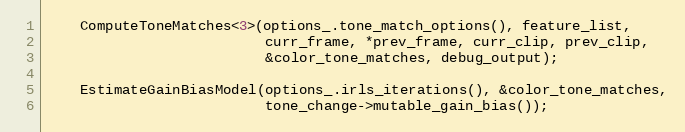
Language: C++
    ComputeToneMatches<3>(options_.tone_match_options(), feature_list,
                          curr_frame, *prev_frame, curr_clip, prev_clip,
                          &color_tone_matches, debug_output);

    EstimateGainBiasModel(options_.irls_iterations(), &color_tone_matches,
                          tone_change->mutable_gain_bias());